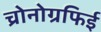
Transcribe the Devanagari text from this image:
च्रोनोग्रफिई